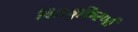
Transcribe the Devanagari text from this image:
विद्यतुकिरणों